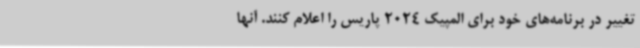
تغییر در برنامه‌های خود برای المپیک 2024 پاریس را اعلام کنند. آنها